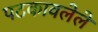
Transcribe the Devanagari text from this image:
पटकावलेले